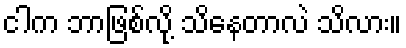
ငါက ဘာဖြစ်လို့ သိနေတာလဲ သိလား။